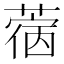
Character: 𰱵